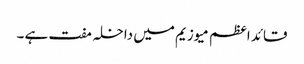
قائد اعظم میوزیم میں داخلہ مفت ہے ۔